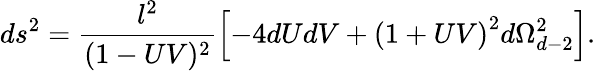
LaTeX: ds^{2}=\frac{l^{2}}{(1-UV)^{2}}\left[-4dUdV+\left({1+UV}\right)^{2}d\Omega_{d-2}^{2}\right].